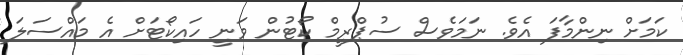
ކަމަށް ނިންމާފަ އެވެ. ނަމަވެސް ސުޕްރީމް ކޯޓުން ވަނީ ހައިކޯޓަށް އެ މައްސަލަ